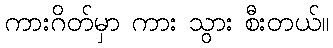
ကားဂိတ်မှာ ကား သွား စီးတယ်။